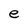
Character: e